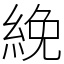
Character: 絻